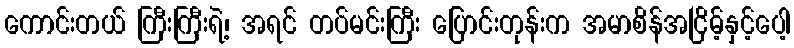
ကောင်းတယ် ကြီးကြီးရဲ့၊ အရင် တပ်မင်းကြီး ပြောင်းတုန်းက အမာစိန်အငြိမ့်နှင့်ပေါ့